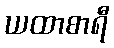
ယထာစာရီ